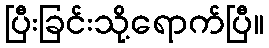
ပြီးခြင်းသို့ရောက်ပြီ။